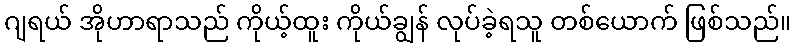
ဂျရယ် အိုဟာရာသည် ကိုယ့်ထူး ကိုယ်ချွန် လုပ်ခဲ့ရသူ တစ်ယောက် ဖြစ်သည်။